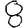
Digit: 8